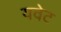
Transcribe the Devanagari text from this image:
यवेट